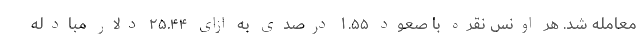
معامله شد. هر اونس نقره با صعود ۱.۵۵ درصدی به ازای ۲۵.۴۴ دلار مبادله